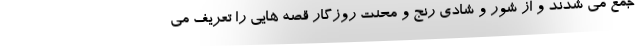
جمع می شدند و از شور و شادی رنج و محنت روزگار قصه هایی را تعریف می